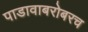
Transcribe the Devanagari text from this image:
पाडावाबरोबरच